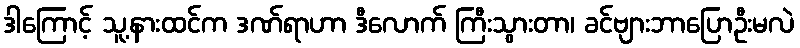
ဒါကြောင့် သူ့နားထင်က ဒဏ်ရာဟာ ဒီလောက် ကြီးသွားတာ၊ ခင်ဗျားဘာပြောဦးမလဲ